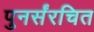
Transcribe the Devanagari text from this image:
पुनर्संरचित